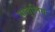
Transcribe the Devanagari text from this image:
मातृलिंग